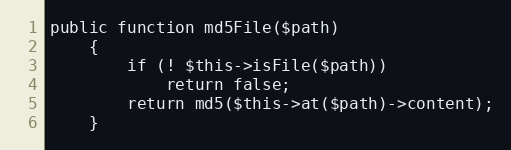
Language: PHP
public function md5File($path)
    {
        if (! $this->isFile($path))
            return false;
        return md5($this->at($path)->content);
    }